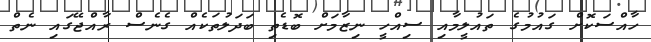
ހާއްސަކޮށް ގައުމުގެ ތައުލީމާއި ސިއްހީ ނިޒާމަށް ބޮޑެތި ބަދަލުތަކެއް ގެނެސް ރާއްޖޭގައި ނެތް